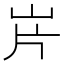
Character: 𡵫